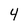
Character: 4